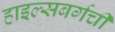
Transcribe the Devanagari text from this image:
हाइल्सबर्गची